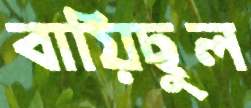
বায়িছুল